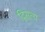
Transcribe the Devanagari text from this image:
द्विसत्य